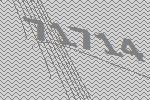
71714